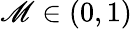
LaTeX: \mathscr{M}\in(0,1)